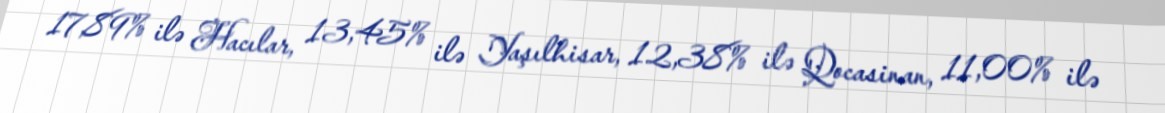
17,89% ilə Hacılar, 13,45% ilə Yaşılhisar, 12,38% ilə Qocasinan, 11,00% ilə